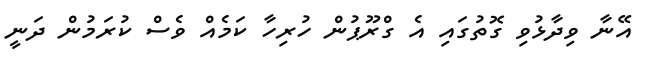
އޭނާ ވިދާޅުވި ގޮތުގައި އެ ގްރޫޕުން ހުރިހާ ކަމެއް ވެސް ކުރަމުން ދަނީ